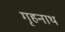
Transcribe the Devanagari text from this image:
गृहनाथ